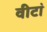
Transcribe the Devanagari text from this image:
वीटां